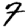
Digit: 7